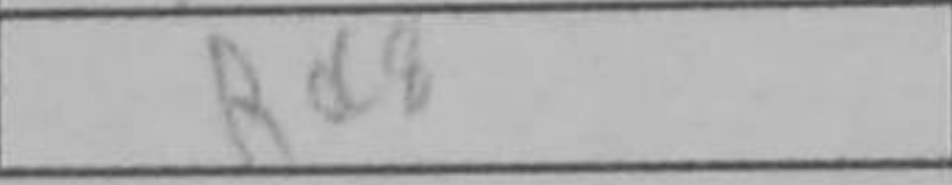
Transcription: Rc8